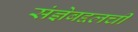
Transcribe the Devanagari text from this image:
संज्ञेबद्दलची